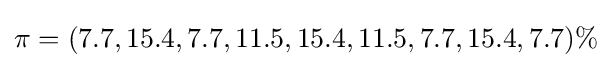
\pi =(7.7,15.4,7.7,11.5,15.4,11.5,7.7,15.4,7.7)\%